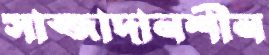
সাজ্জাদানশীন